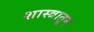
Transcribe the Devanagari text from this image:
शास्त्रातून